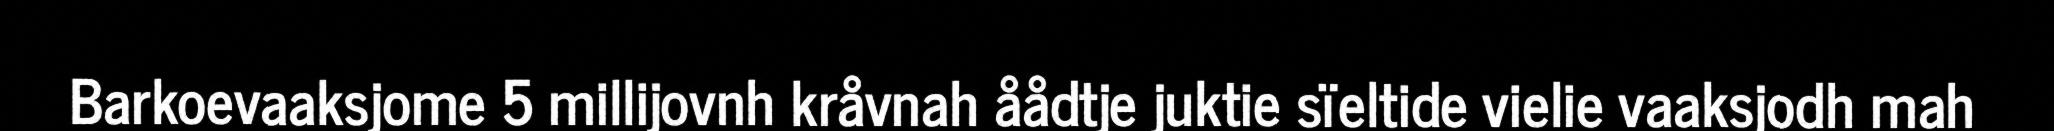
Barkoevaaksjome 5 millijovnh kråvnah åådtje juktie sïeltide vielie vaaksjodh mah